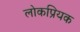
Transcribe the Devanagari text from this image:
लोकप्रियक